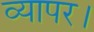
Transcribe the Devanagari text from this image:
व्यापर।